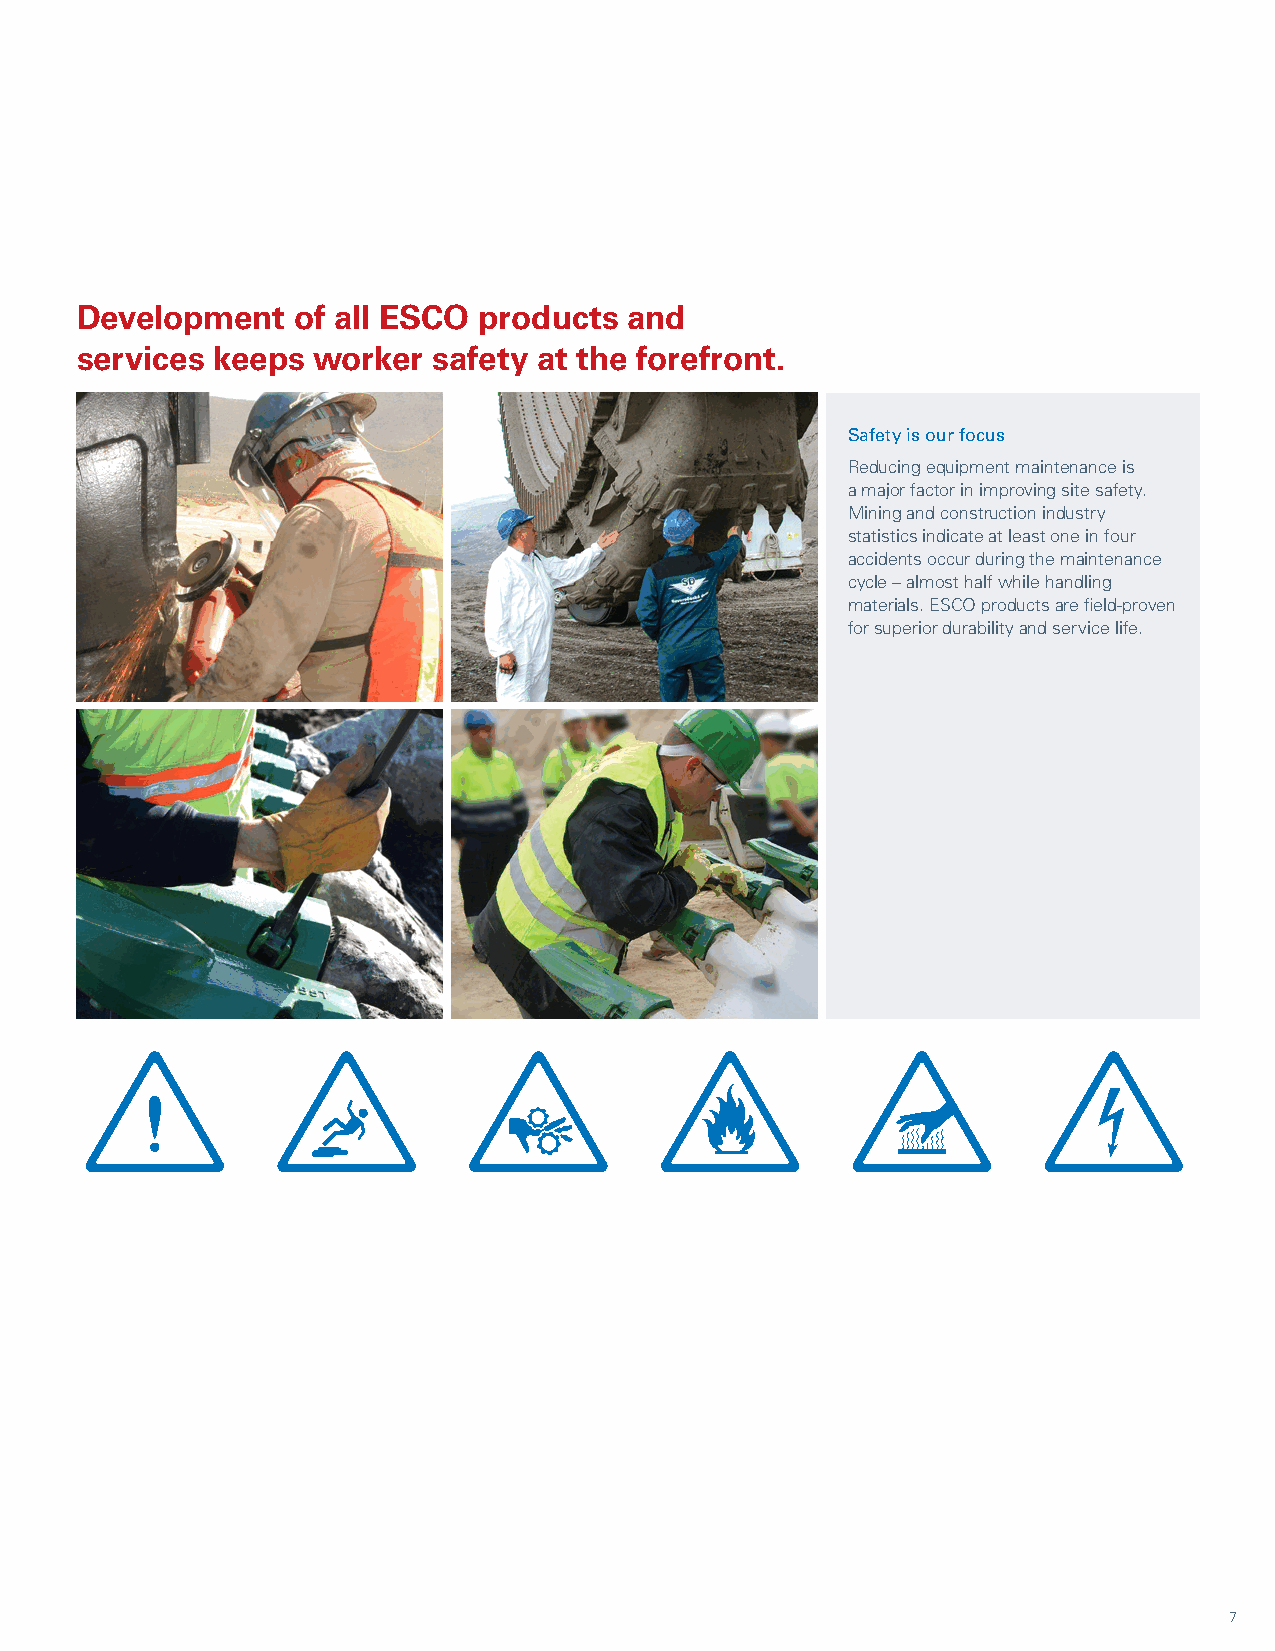
Development    of all ESCO products  and
 services keeps  worker  safety at the forefront.
 Safety is our focus
 Reducing equipment maintenance is
 a major factor in improving site safety.
 Mining and construction industry
 statistics indicate at least one in four
 accidents occur during the maintenance
 cycle – almost half while handling
 materials. ESCO products are field-proven
 for superior durability and service life.
 7